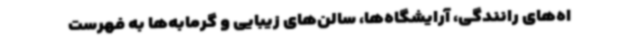
اه‌های رانندگی، آرایشگاه‌ها، سالن‌های زیبایی و گرمابه‌ها به فهرست